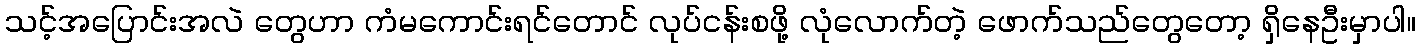
သင့်အပြောင်းအလဲ တွေဟာ ကံမကောင်းရင်တောင် လုပ်ငန်းစဖို့ လုံလောက်တဲ့ ဖောက်သည်တွေတော့ ရှိနေဦးမှာပါ။